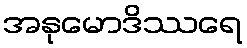
အနုမောဒိဿရေ